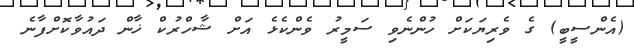
(އެންސީބީ) ގެ ވެރިޔަކަށް ހުންނެވި ސަމީރު ވެންކެޅެ އަށް ޝާހްރުކް ޚާން ދައުވާކޮށްފާނެ